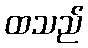
ထသည်